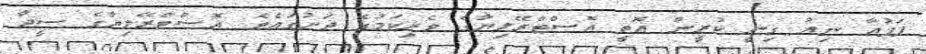
ޕަޕުއާ ނިއު ގިނީ ކުރީން އޮތީ އޮސްޓްރޭލިޔާގެ ވެރިކަމުގެ ދަށުގައެވެ. އޮސްޓްރޭލިޔާގެ ސީދާ